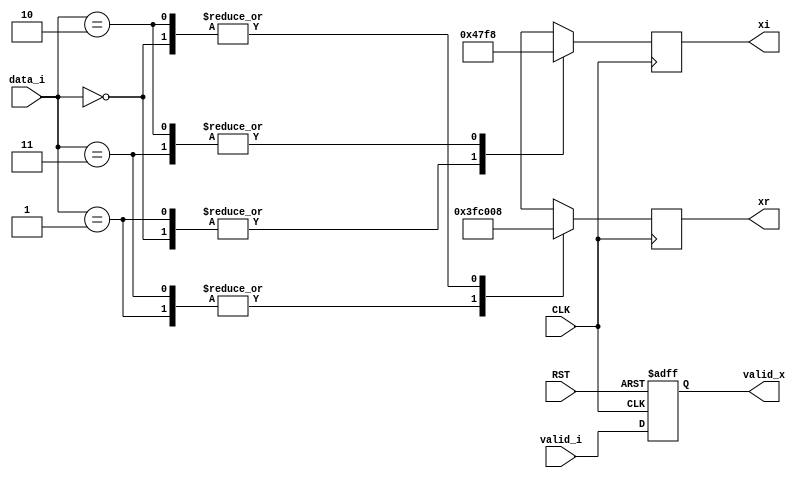

module qpsk
  (
   input                    CLK,
   input                    RST,

   input                    valid_i,
   input [1:0]              data_i,

   output reg               valid_x,
   output reg signed [10:0] xr,
   output reg signed [10:0] xi
   );
    
    localparam zero = 11'sd0;
    localparam high = 11'sd8;
    localparam low  = -11'sd8;

    always @(posedge CLK or negedge RST)
      if (!RST) begin
          valid_x <= 1'b0;
      end else begin
          valid_x <= valid_i;
      end

    always @(posedge CLK)
      begin
          case (data_i)
          2'b00: begin
              xr <= high;
              xi <= high;
          end

          2'b01: begin
              xr <= low;
              xi <= high;
          end

          2'b11: begin
              xr <= low;
              xi <= low;
          end

          2'b10: begin
              xr <= high;
              xi <= low;
          end
          endcase // case (d[1:0])
      end


endmodule